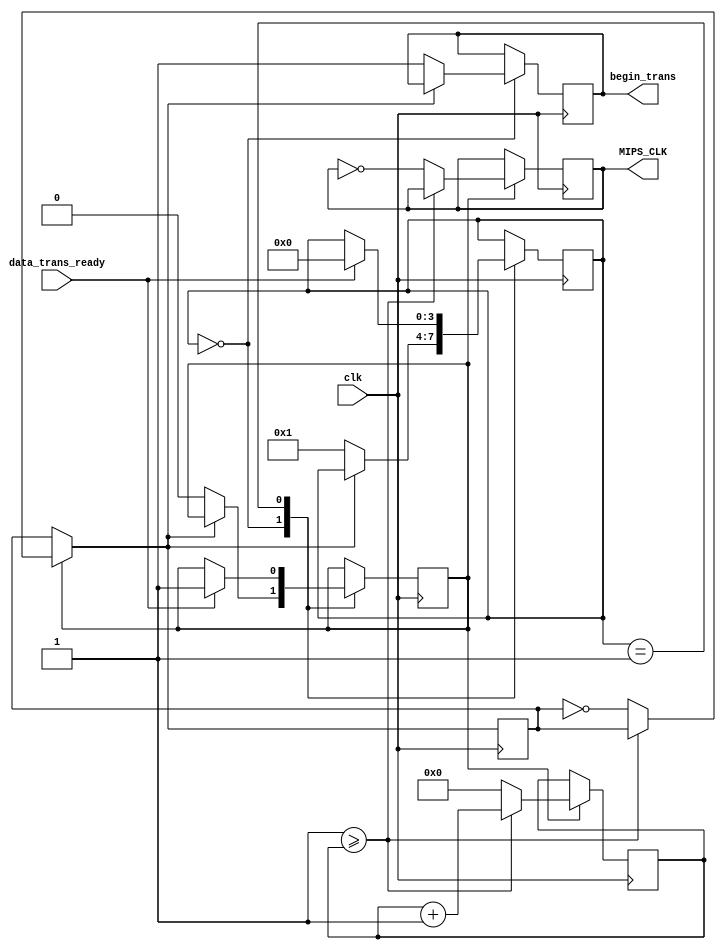
`timescale 1ns / 1ps

module clock_control
#(
        parameter IN_WIDTH = 8,
        parameter OUT_WIDTH = 32
    )
    (
    input clk,
    input data_trans_ready,
    
    output reg MIPS_CLK = 0,
    output reg begin_trans = 0
    );
    
    reg [31:0] timer = 0;
    reg no_stop = 1;
    reg parity = 0;
    
    reg [3:0] state = 0;
    
    
    always@(posedge clk)
    begin
    
        if(no_stop)
        begin
            if( ((IN_WIDTH / OUT_WIDTH)+1) >= timer) timer <= timer + 1;
            else
            begin
                timer <= 0;
                MIPS_CLK <= ~MIPS_CLK;
                parity = ~parity;
            end
        end
    
        case(state)
        0:
            begin
                if(~parity)
                begin
                    no_stop <= 0;
                    begin_trans <= 1;
                    state <= 1;
                end
            end
        1:
            begin
                if(data_trans_ready)
                    begin
                        no_stop <= 1;
                        state <= 0;
                    end
            end
        endcase
    
    end
    
endmodule